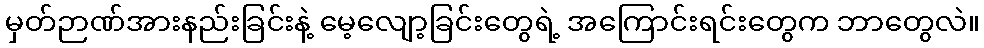
မှတ်ဉာဏ်အားနည်းခြင်းနဲ့ မေ့လျော့ခြင်းတွေရဲ့ အကြောင်းရင်းတွေက ဘာတွေလဲ။